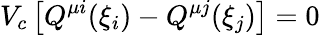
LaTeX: V_{c}\left[Q^{\mu i}(\xi_{i})-Q^{\mu j}(\xi_{j})\right]=0